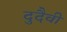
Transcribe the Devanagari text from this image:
दुदैवी